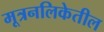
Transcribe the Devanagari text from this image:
मूत्रनलिकेतील